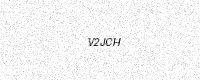
Text: V2JCH